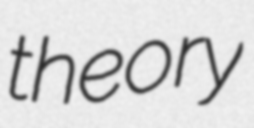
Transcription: theory